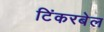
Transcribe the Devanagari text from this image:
टिंकरबेल